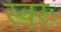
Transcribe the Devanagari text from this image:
स्वरः